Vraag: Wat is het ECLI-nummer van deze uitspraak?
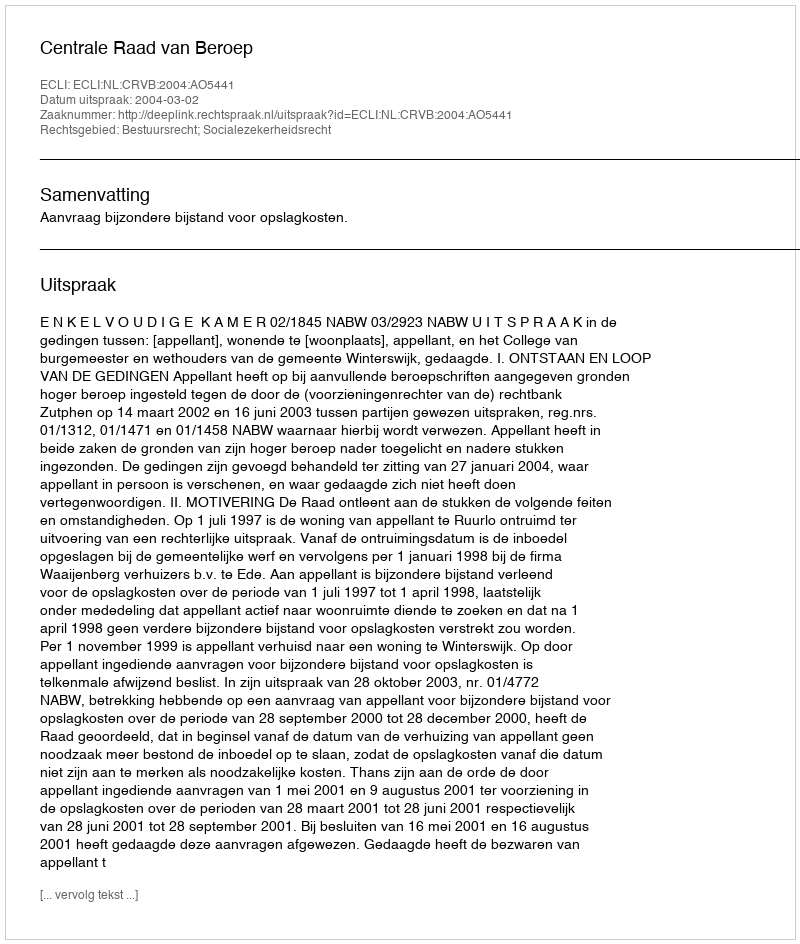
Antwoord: ECLI:NL:CRVB:2004:AO5441